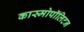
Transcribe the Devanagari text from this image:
कास्मोपॉलिटन